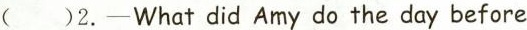
()2.—What did Amy do the day before